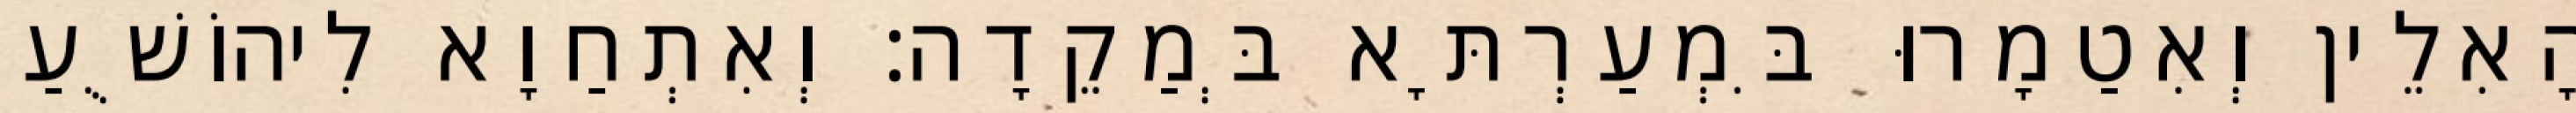
הָאִלֵין וְאִטַמָרוּ בִּמְעַרְתָּא בְּמַקֵדָה׃ וְאִתְחַוָא לִיהוֹשֻׁעַ